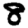
Digit: 8